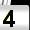
Digit: 4